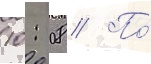
10: 08 // По́